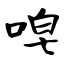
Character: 唣